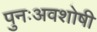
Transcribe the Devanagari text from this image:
पुनःअवशोषी